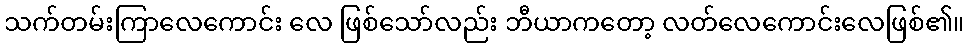
သက်တမ်းကြာလေကောင်း လေ ဖြစ်သော်လည်း ဘီယာကတော့ လတ်လေကောင်းလေဖြစ်၏။